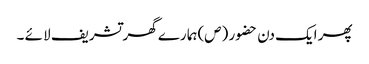
پھر ایک دن حضو ر (ص)ہما رے گھر تشریف لا ئے ۔